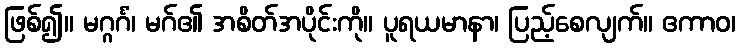
ဖြစ်၍။ မဂ္ဂင်္ဂံ၊ မဂ်၏ အစိတ်အပိုင်းကို။ ပူရယမာနာ၊ ပြည့်စေလျက်။ ဧကာဝ၊